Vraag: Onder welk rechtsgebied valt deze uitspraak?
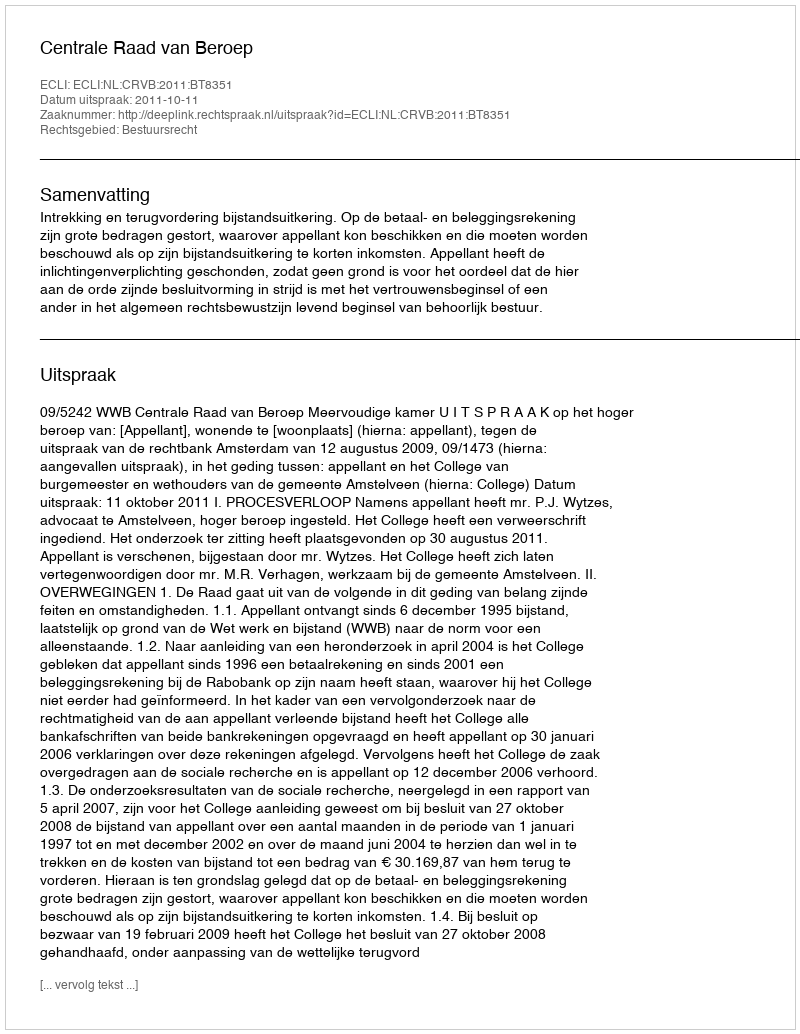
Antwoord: Bestuursrecht